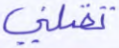
تقتلني